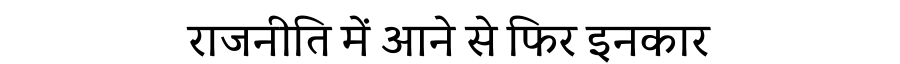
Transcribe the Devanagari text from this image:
राजनीति में आने से फिर इनकार